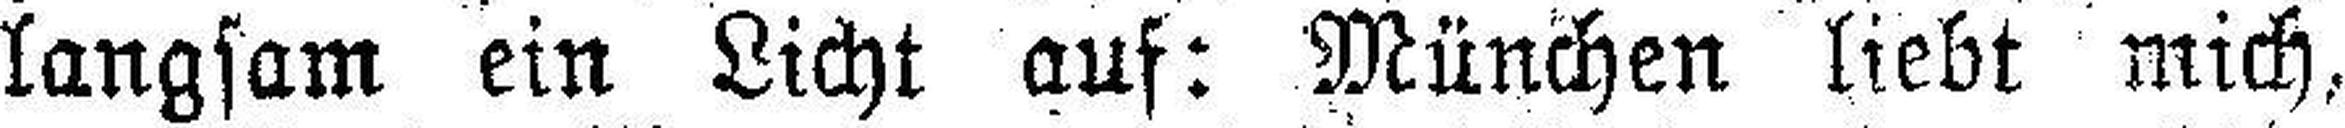
langsam ein Licht auf: München liebt mich,